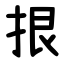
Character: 拫